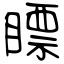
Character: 瞟